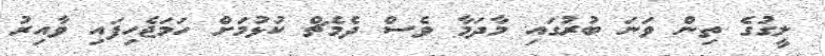
ލީގުގެ ތިން ވަނަ ބުރުގައި މާދަމާ ވެސް ދެމެޗް ކުޅުމަށް ހަމަޖެހިފައި ވާއިރު